Indian journal of veterinary science and animal husbandry - Volume 3,
Year: 1933
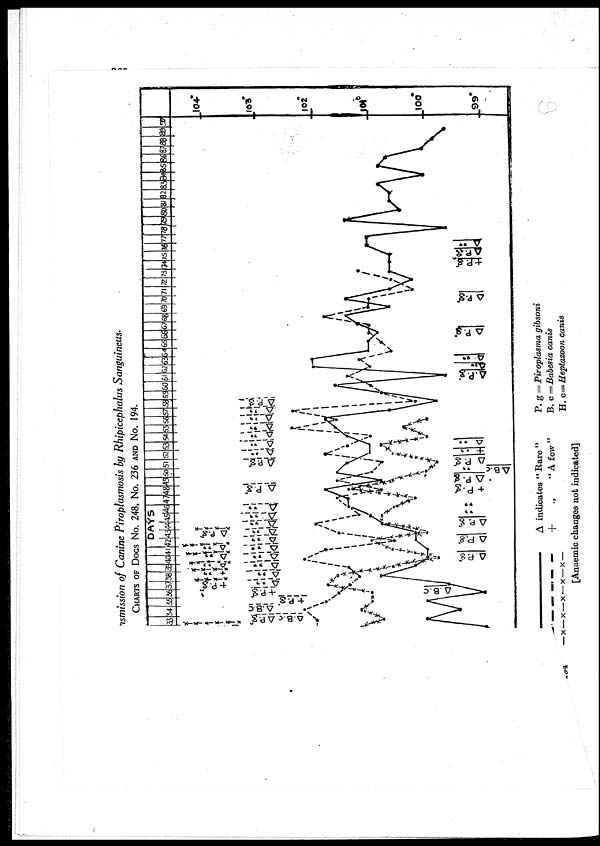
nsmission of Canine Piroplasmosis by Rhipicephalus Sanguineus'
CHARTS OF DOGS NO. 248, No. 236 AND NO. 194.